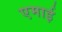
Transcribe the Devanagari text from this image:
एमाई